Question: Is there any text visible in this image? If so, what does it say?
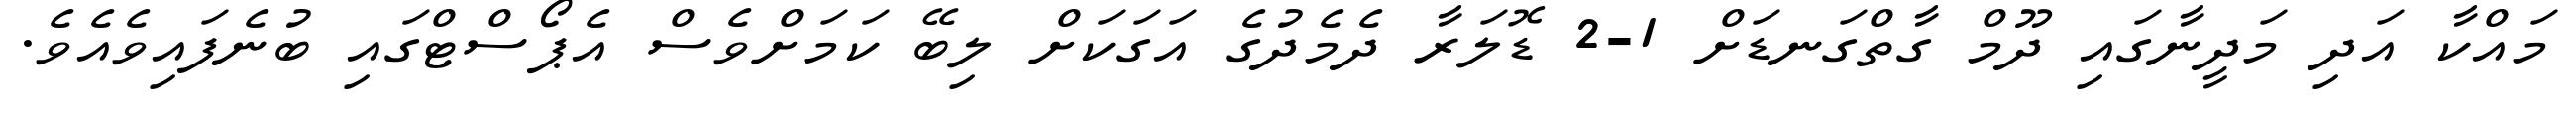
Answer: މައްކާ އަދި މަދީނާގައި ދޫމް ގާތްގަނޑަށް 1-2 ޑޮލަރާ ދެމެދުގެ އަގަކަށް ލިބޭ ކަމަށްވެސް އެޕޯސްޓްގައި ބުނެފައިވެއެވެ.